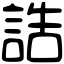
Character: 誥